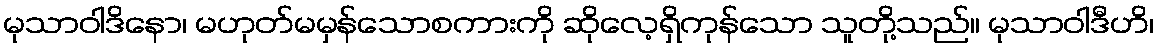
မုသာဝါဒိနော၊ မဟုတ်မမှန်သောစကားကို ဆိုလေ့ရှိကုန်သော သူတို့သည်။ မုသာဝါဒီဟိ၊